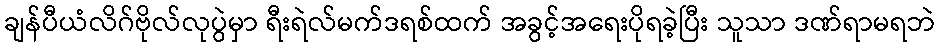
ချန်ပီယံလိဂ်ဗိုလ်လုပွဲမှာ ရီးရဲလ်မက်ဒရစ်ထက် အခွင့်အရေးပိုရခဲ့ပြီး သူသာ ဒဏ်ရာမရဘဲ